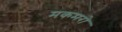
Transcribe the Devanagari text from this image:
मकमरो